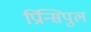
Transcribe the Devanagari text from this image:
प्रिन्सिपुल